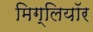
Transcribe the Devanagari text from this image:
मिग्लियॉर